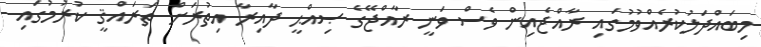
މިބައްދަލުކުރެއްވުުމުގައި ރާއްޖެއިން ވެސް ވަނީ ރާއްޖޭގެ ޞިއްޙީ ދާއިރާ އިތުރަށް ތަރައްޤީ ކުރުމުގައި